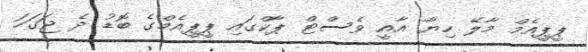
ޕީޕީއެމް މާލޭ ހިޔާ އާއީ ވެސްޓް ޕާކްގައި ޕީޕީއެމްގެ ބޮޑު ދެ ޖަގަހަ